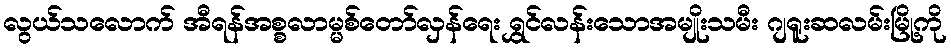
လွယ်သလောက် အီရန်အစ္စလာမ္မစ်တော်လှန်ရေး ရွှင်လန်းသောအမျိုးသမီး ဂျရူးဆလမ်းမြို့ကို